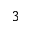
3